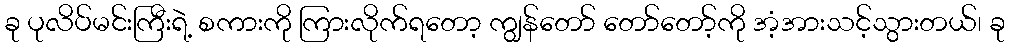
ခု ပုလိပ်မင်းကြီးရဲ့ စကားကို ကြားလိုက်ရတော့ ကျွန်တော် တော်တော့်ကို အံ့အားသင့်သွားတယ်၊ ခု